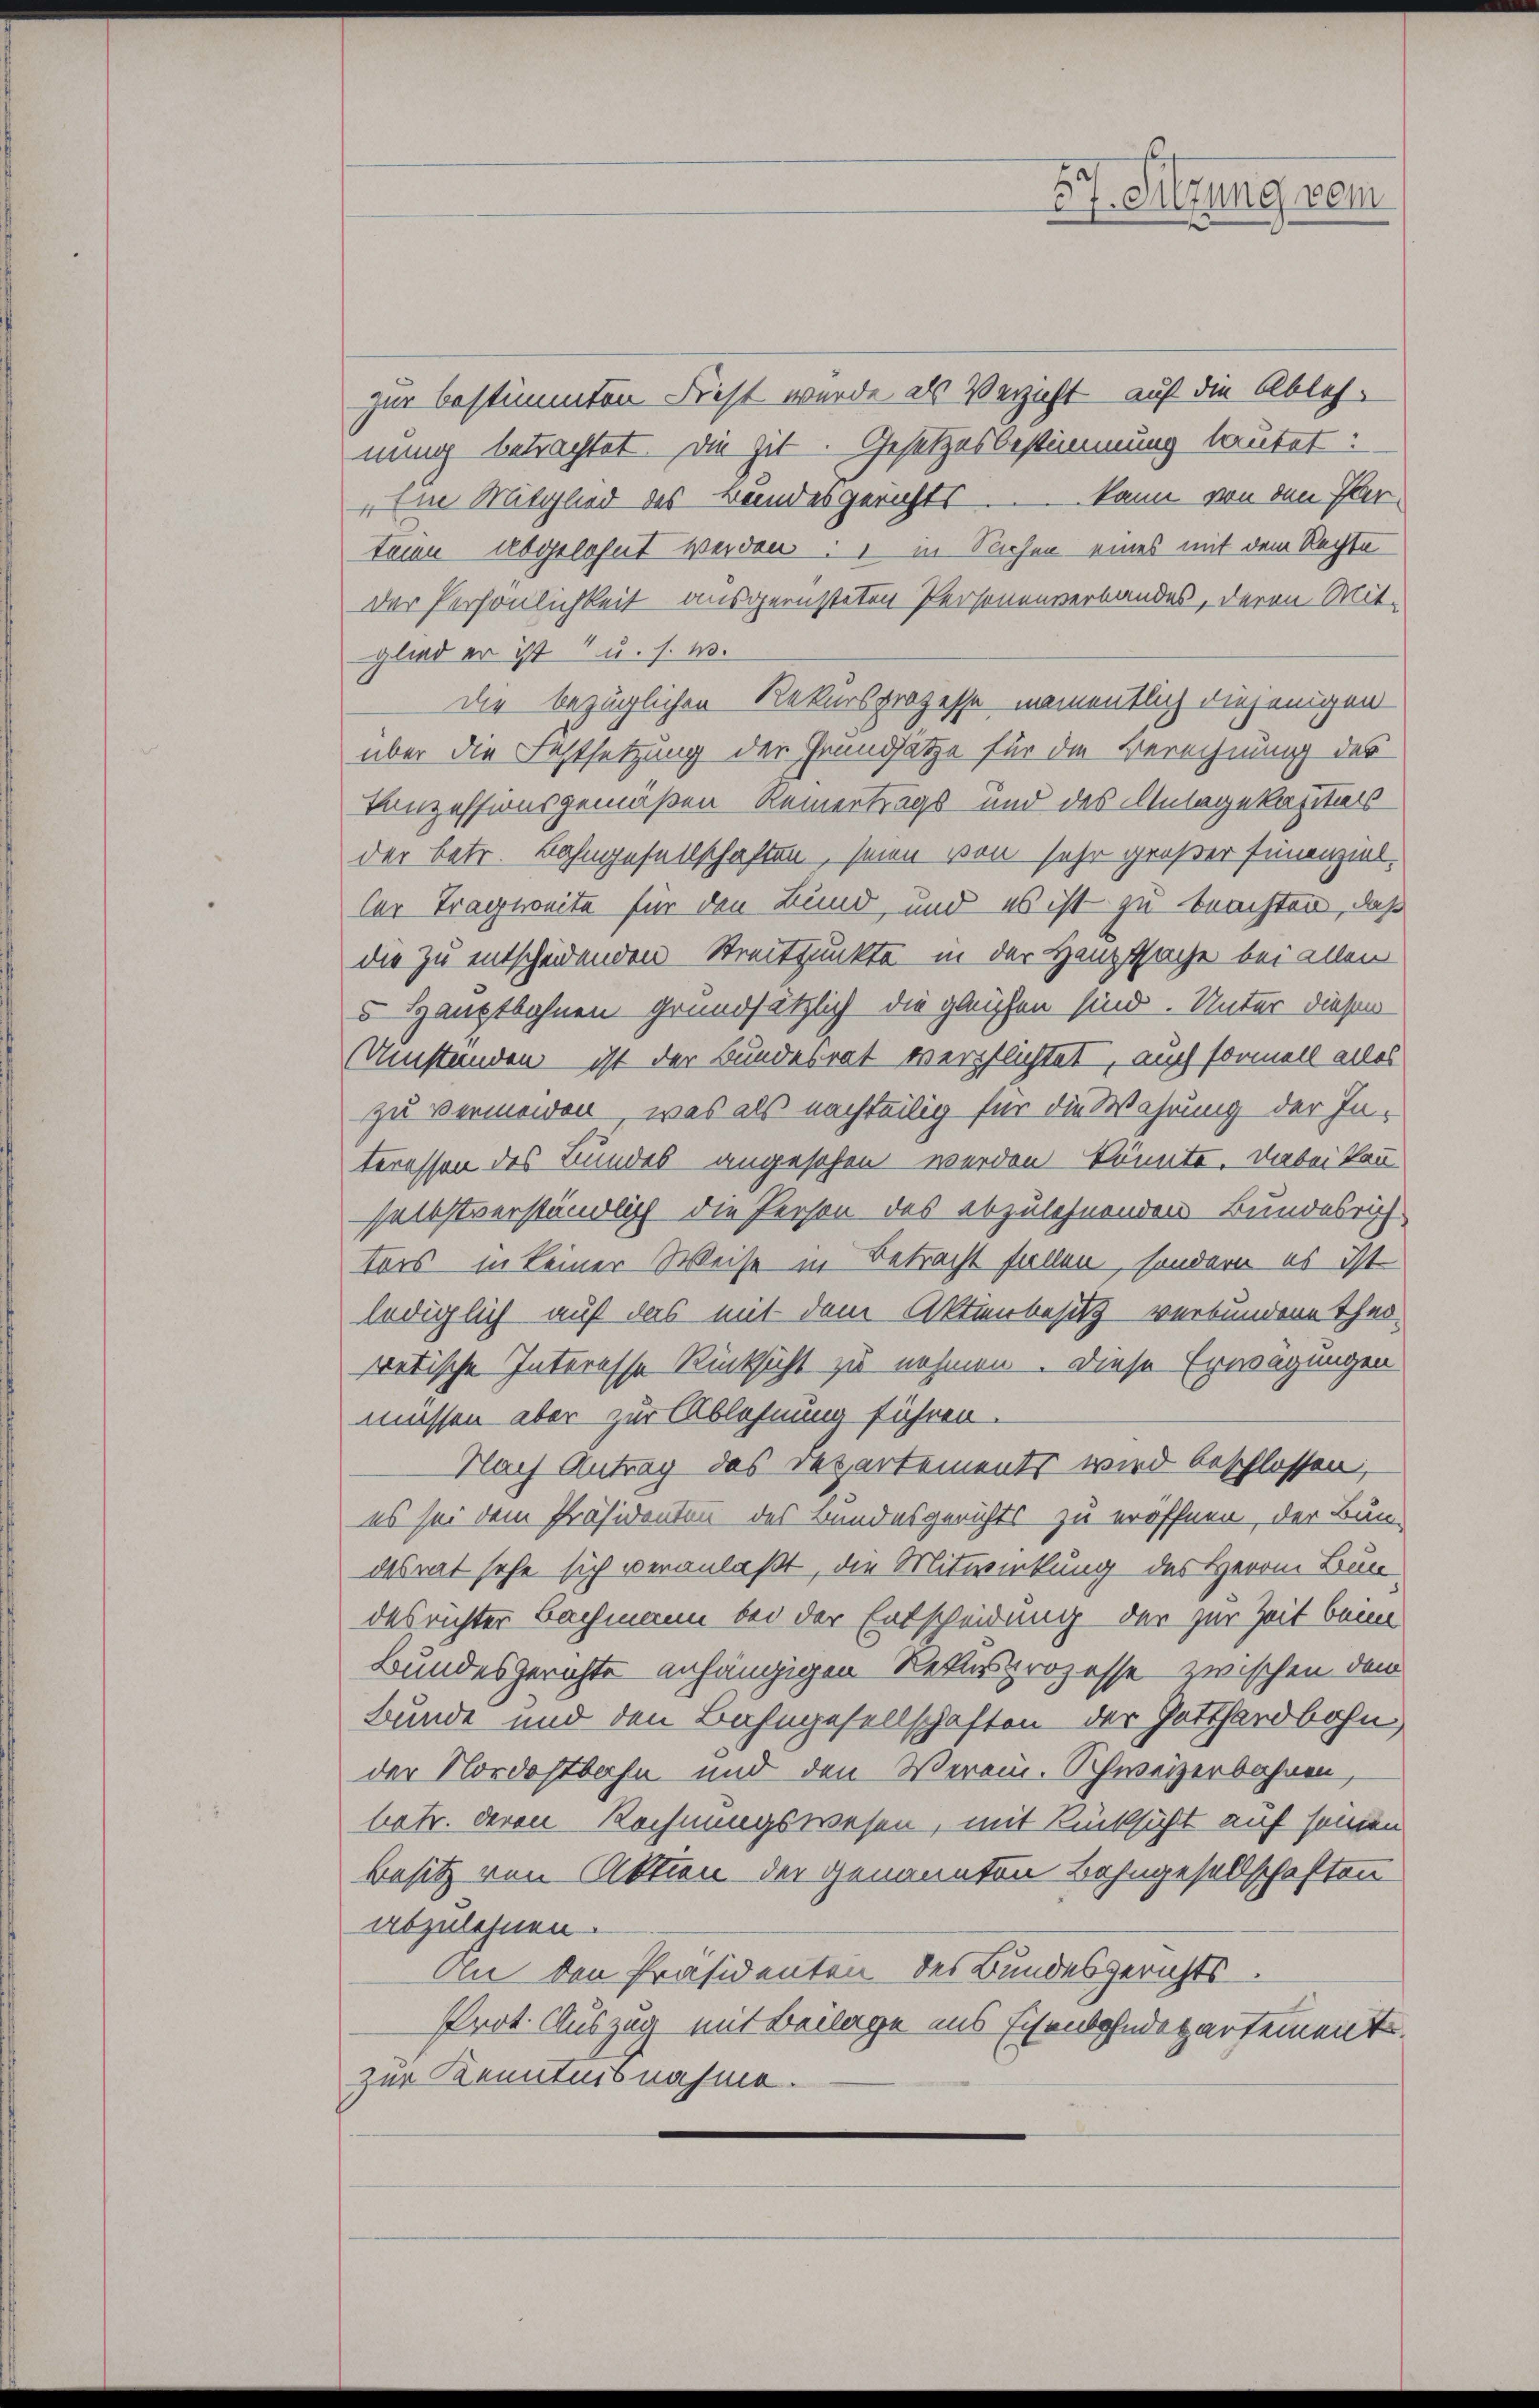
zur bestimmten Fest wurde als Verzicht auf die Ablehnung betrachtet. Die zit. Gesetzesbestimmung lautet:
„Ein Mitglied des Bundesgerichts kann von den Plar-
teien abgelehnt werden: in Sichen eines mit dem Rechte
der Persönlichkeit ausgerüsteten Personenverbandes, deren Mit-
glied er ist u. s. w.
Die bezüglichen Rekursprozesse, namentlich diejenigen
über die Festsetzung der Grundsätze für die Berechnung des
Vonzessionsgemäßen Reinertrags- und des Anlagekapitals
der betr. Bahngesellschaften, seien von sehr großer Finanzieller Tragweite für den Bund, und es ist zu beachten, daß
die zu entscheidenden Streitpunkte in der Hauptsache bei allen
5 Hauptbohnen grundsätzlich die gleichen sind. Unter dieser
Umständen ist der Bundesrat verpflichtet, auch formell alles
zu vermeiden, was als nachteilig für die Wahrung der In-
teressen des Bundes angesehen werden könnte. Dabei kann
selbstverständlich die Person des abzulehnenden Bundesrich
ters in keiner Weise in Betracht fallen, sondern es ist
lediglich auf das mit dem Aktienbesitz verbundene Theo-
retische Interesse Rücksicht zu nehmen. Diese Erwägungen
müssen aber zur Ablehnung führen.
Nach Antrag des repartements wird beschlossen,
es sei dem Präsidenten des Bundesgerichts zu eröffnen, der Bau-
desrat sehe sich veranlaßt, die Mitwirkung des Herrn Bun-
des richter Bachmann bei der Entscheidung der zur Zeit beim
Bundesgerichte anhängigen Rekursprozesse zwischen dem
Bunde und den Bahngesellschaften der Gotthardbahn,
der Nordostbahn und den Verein. Schweizerbahren,
betr. deren Rechnungswesen, mit Rücksicht auf seinen
Besitz von Aktien der genannten Bahngesellschaften
abzulehnen.
An den Präsidenten des Bundesgerichts.
Prot. Auszug mit Beilage aus Eisenbahndepartement.
zur Kenntnisnahme.

57. Sitzung vom